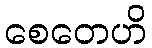
စေတေဟိ